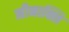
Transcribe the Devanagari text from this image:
मीनाक्शि